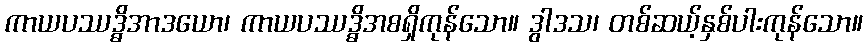
ကာယပဿဒ္ဓိအာဒယော၊ ကာယပဿဒ္ဓိအစရှိကုန်သော။ ဒွါဒသ၊ တစ်ဆယ့်နှစ်ပါးကုန်သော။